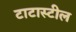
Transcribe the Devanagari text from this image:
टाटास्‍टील